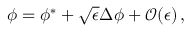
\begin{array} { r } { \phi = \phi ^ { * } + \sqrt { \epsilon } \Delta \phi + \mathcal { O } ( \epsilon ) \, , } \end{array}